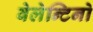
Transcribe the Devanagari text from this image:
वेलेन्टिनो